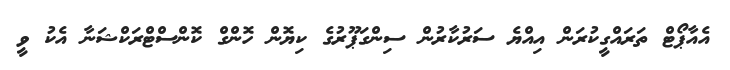
އެއާޕޯޓް ތަރައްގީކުރަން އިއްޔެ ސަރުކާރުން ސިންގަޕޫރުގެ ކިޔޮން ހޮންގް ކޮންސްޓްރަކްޝަނާ އެކު ވީ